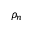
\rho _ { n }